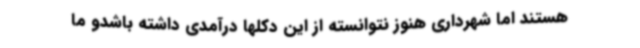
هستند اما شهرداری هنوز نتوانسته از این دکلها درآمدی داشته باشدو ما